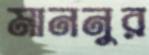
মাননুর